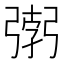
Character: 𭛂